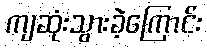
ကျဆုံးသွားခဲ့ကြောင်း